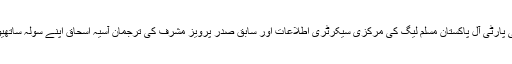
تفصیلات کے مطابق سابق صدر پرویز مشرف کی پارٹی آل پاکستان مسلم لیگ کی مرکزی سیکرٹری اطلاعات اور سابق صدر پرویز مشرف کی ترجمان آسیہ اسحاق اپنے سولہ ساتھیوں سمیت مصطفیٰ کمال کے کیمپ میں چلی گئیں۔